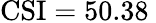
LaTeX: \mathrm{CSI}=50.38\